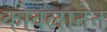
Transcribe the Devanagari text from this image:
कोवलानेन